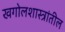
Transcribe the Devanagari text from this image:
खगोलशास्त्रांतील